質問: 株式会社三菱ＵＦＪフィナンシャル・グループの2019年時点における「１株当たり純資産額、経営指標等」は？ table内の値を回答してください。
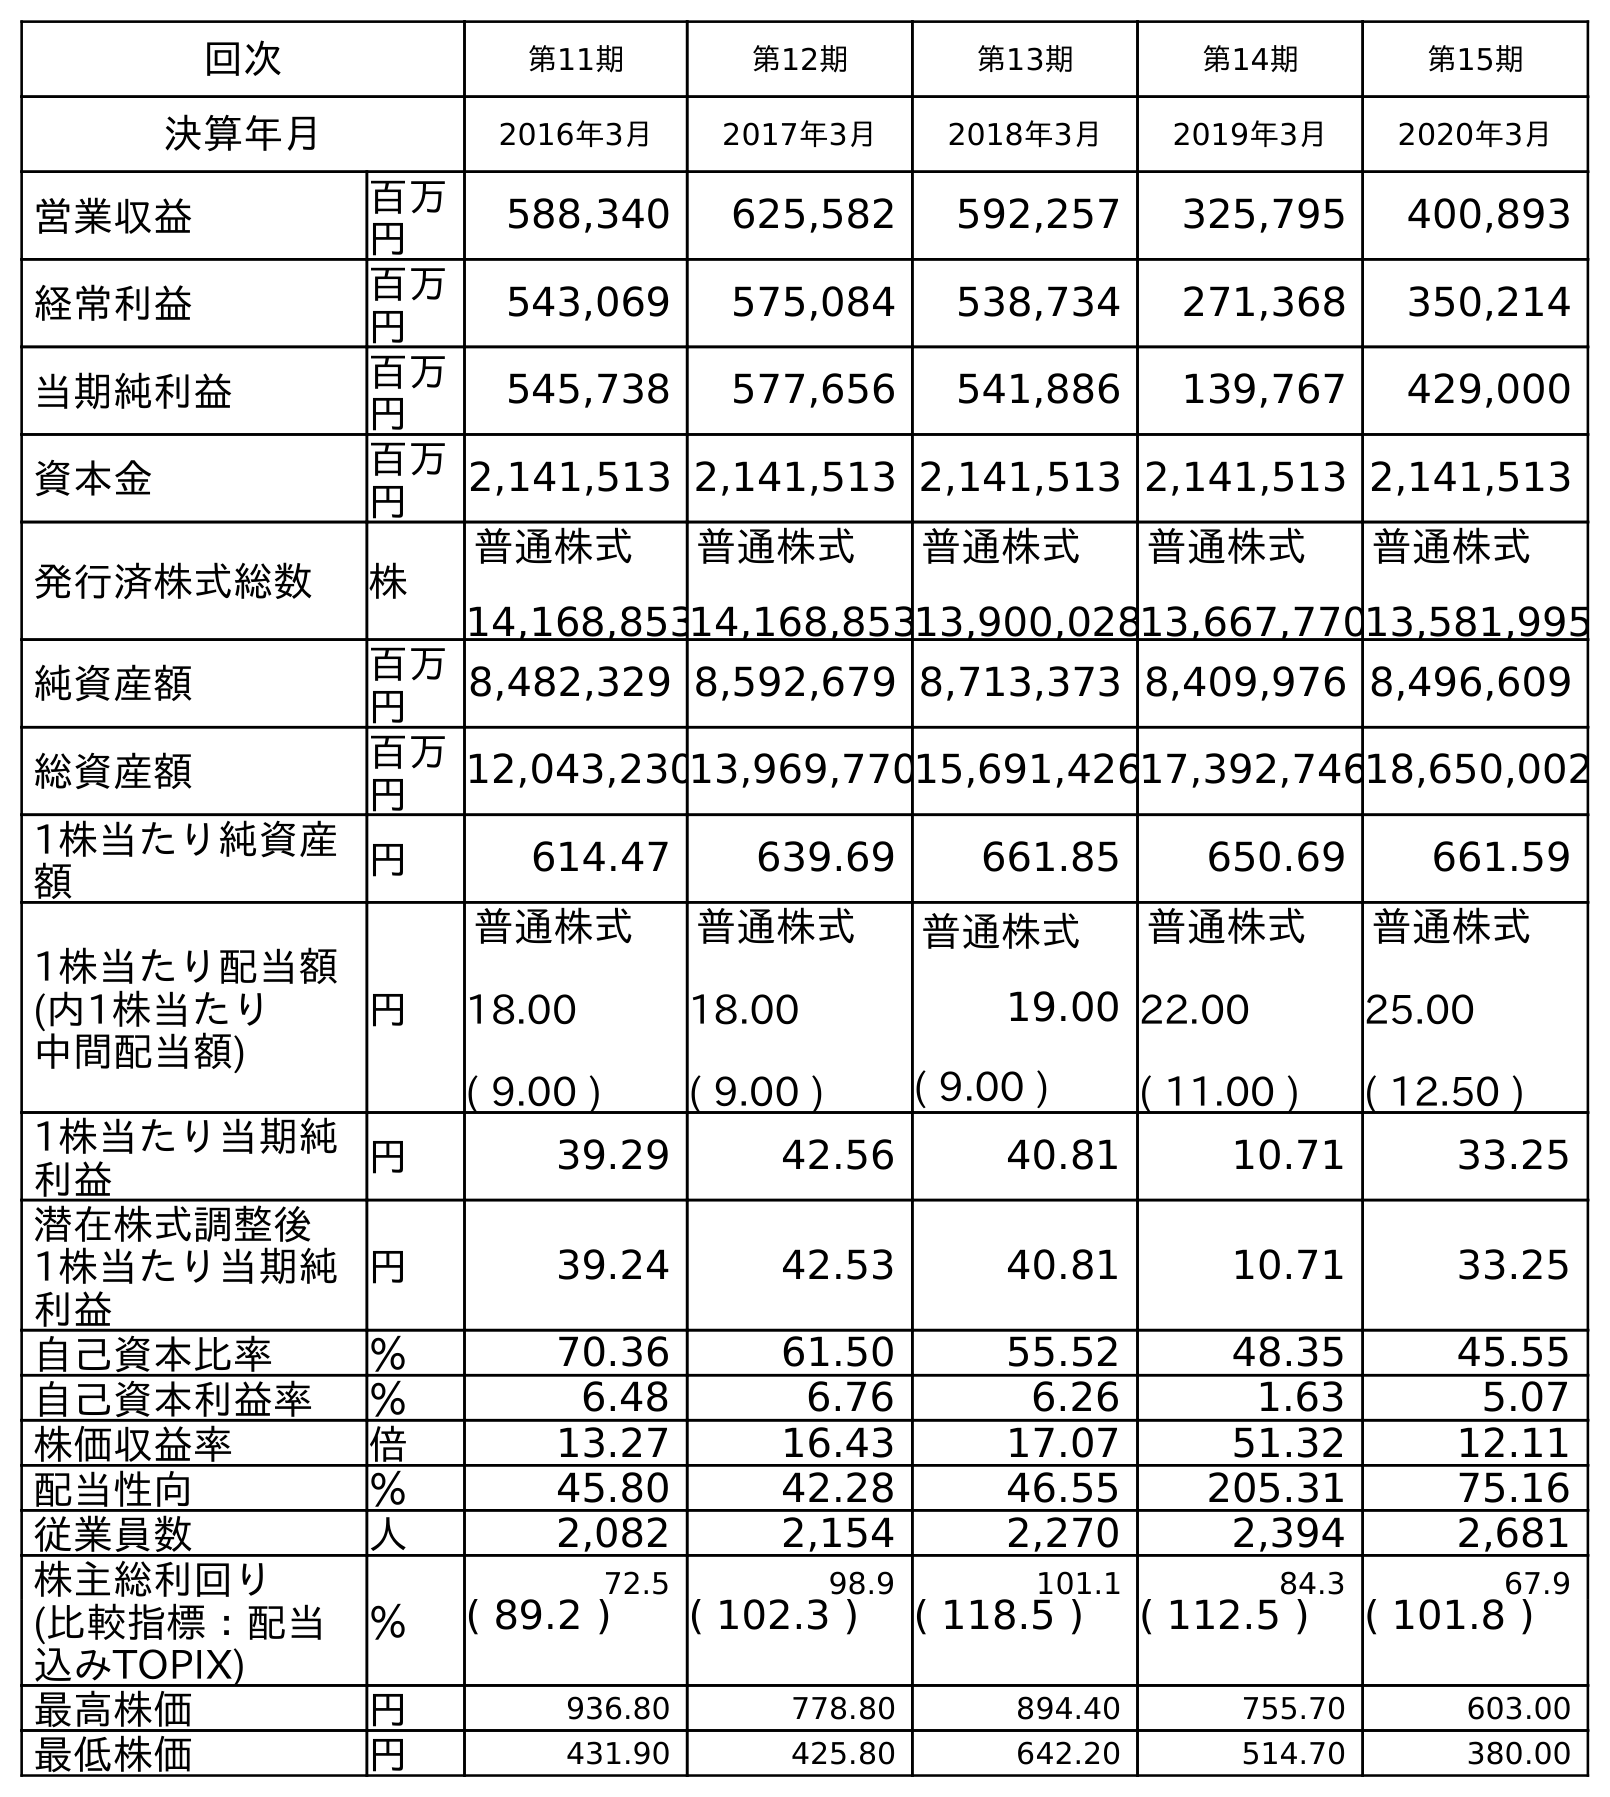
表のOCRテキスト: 回次 第11期 第12期 第13期 第14期 第15期 決算年月 2016年3月 2017年3月 2018年3月 2019年3月 2020年3月 営業収益 百万 円 588,340 625,582 592,257 325,795 400,893 経常利益 百万 円 543,069 575,084 538,734 271,368 350,214 当期純利益 百万 円 545,738 577,656 541,886 139,767 429,000 資本金 百万 円 2,141,513 2,141,513 2,141,513 2,141,513 2,141,513 発行済株式総数 株 普通株式 14,168,853 普通株式 14,168,853 普通株式 13,900,028 普通株式 13,667,770 普通株式 13,581,995 純資産額 百万 円 8,482,329 8,592,679 8,713,373 8,409,976 8,496,609 総資産額 百万 円 12,043,23013,969,77015,691,42617,392,74618,650,002 1株当たり純資産 額 円 614.47 639.69 661.85 650.69 661.59 1株当たり配当額 (内1株当たり 中間配当額) 円 普通株式 18.00 ( 9.00 ) 普通株式 18.00 ( 9.00 ) 普通株式 19.00 ( 9.00 ) 普通株式 22.00 ( 11.00 ) 普通株式 25.00 ( 12.50 ) 1株当たり当期純 利益 円 39.29 42.56 40.81 10.71 33.25 潜在株式調整後 1株当たり当期純 利益 円 39.24 42.53 40.81 10.71 33.25 自己資本比率 ％ 70.36 61.50 55.52 48.35 45.55 自己資本利益率 ％ 6.48 6.76 6.26 1.63 5.07 株価収益率 倍 13.27 16.43 17.07 51.32 12.11 配当性向 ％ 45.80 42.28 46.55 205.31 75.16 従業員数 人 2,082 2,154 2,270 2,394 2,681 株主総利回り ％ 72.5 98.9 101.1 84.3 67.9 (比較指標：配当 込みTOPIX) ( 89.2 ) ( 102.3 ) ( 118.5 ) ( 112.5 ) ( 101.8 ) 最高株価 円 936.80 778.80 894.40 755.70 603.00 最低株価 円 431.90 425.80 642.20 514.70 380.00
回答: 650.69